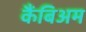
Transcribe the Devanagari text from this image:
कैंबिअम